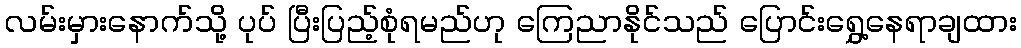
လမ်းမှားနောက်သို့ ပုပ် ပြီးပြည့်စုံရမည်ဟု ကြေညာနိုင်သည် ပြောင်းရွှေ့နေရာချထား